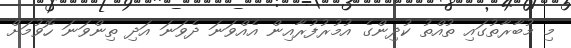
މި މުބާރާތުގައި ތުއްތު ކުދިންގެ އުމުރުފުރާއިން އެއްވަނަ ދެވަނަ އަދި ތިންވަނަ ހޮވުމަށް